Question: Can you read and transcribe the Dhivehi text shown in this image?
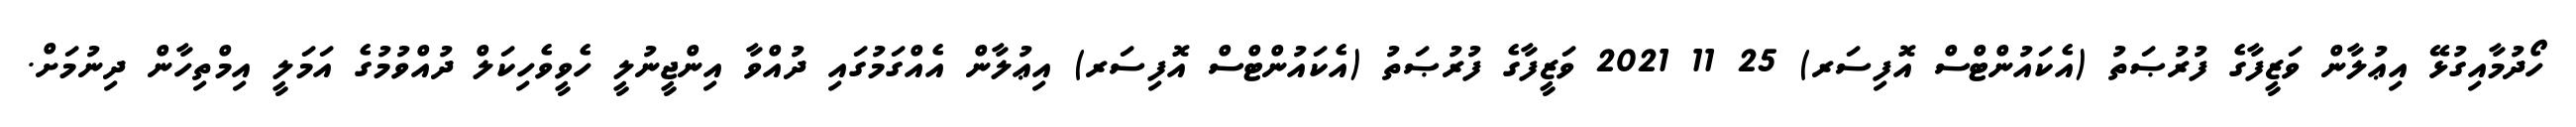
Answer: ހޯދުމާއިގުޅޭ އިޢުލާން ވަޒީފާގެ ފުރުޞަތު (އެކައުންޓްސް އޮފިސަރ) 25 11 2021 ވަޒީފާގެ ފުރުޞަތު (އެކައުންޓްސް އޮފިސަރ) އިޢުލާން އެއްގަމުގައި ދުއްވާ އިންޖީނުލީ ހެވީވެހިކަލް ދުއްވުމުގެ އަމަލީ އިމްތިހާން ދިނުމަށް.